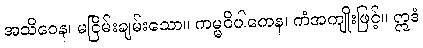
အသိဝေန၊ မငြိမ်းချမ်းသော။ ကမ္မဝိပါကေန၊ ကံအကျိုးဖြင့်။ ဣဒံ